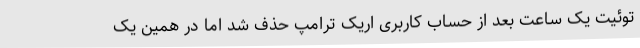
توئیت یک ساعت بعد از حساب کاربری اریک ترامپ حذف شد اما در همین یک